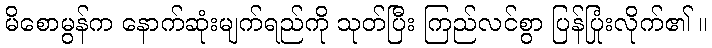
မိစောမွန်က နောက်ဆုံးမျက်ရည်ကို သုတ်ပြီး ကြည်လင်စွာ ပြန်ပြုံးလိုက်၏ ။